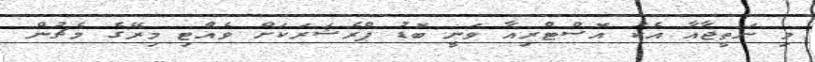
މި ނަތީޖާއާ އެކު އޮސްޓްރިއާ ވަނީ ބޮޑު ޕްރެޝަރަކަށް ވެއްޓި މިރޭގެ މެޗުން